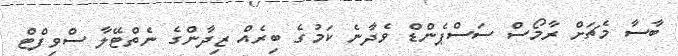
ބާސާ މެޗަށް ރާމޯސް ސަސްޕެންޑް ވެދާނެ ކަމުގެ ބިރެއް ޒިދާންގެ ނެތްޓޭލާ ސްވިފްޓް